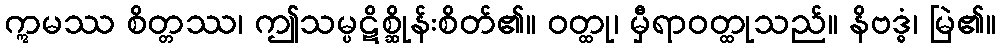
ဣမဿ စိတ္တဿ၊ ဤသမ္ပဋိစ္ဆိုန်းစိတ်၏။ ဝတ္ထု၊ မှီရာဝတ္ထုသည်။ နိဗဒ္ဓံ၊ မြဲ၏။